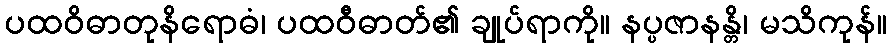
ပထဝိဓာတုနိရောဓံ၊ ပထဝီဓာတ်၏ ချုပ်ရာကို။ နပ္ပဇာနန္တိ၊ မသိကုန်။